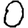
Digit: 0